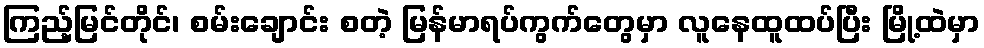
ကြည့်မြင်တိုင်၊ စမ်းချောင်း စတဲ့ မြန်မာရပ်ကွက်တွေမှာ လူနေထူထပ်ပြီး မြို့ထဲမှာ